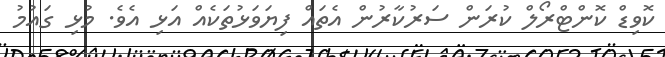
ކޮވިޑް ކޮންޓްރޯލް ކުރަން ސަރުކާރުން އެތައް ފިޔަވަޅުތަކެއް އަޅި އެވެ. މުޅި ގައުމު